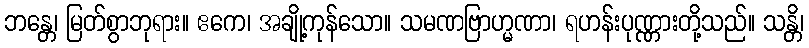
ဘန္တေ၊ မြတ်စွာဘုရား။ ဧကေ၊ အချို့ကုန်သော။ သမဏဗြာဟ္မဏာ၊ ရဟန်းပုဏ္ဏားတို့သည်။ သန္တိ၊